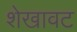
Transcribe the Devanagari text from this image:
शेखावट